Insane asylums Bombay 1873-77 - 1873-1877
Year: 1873
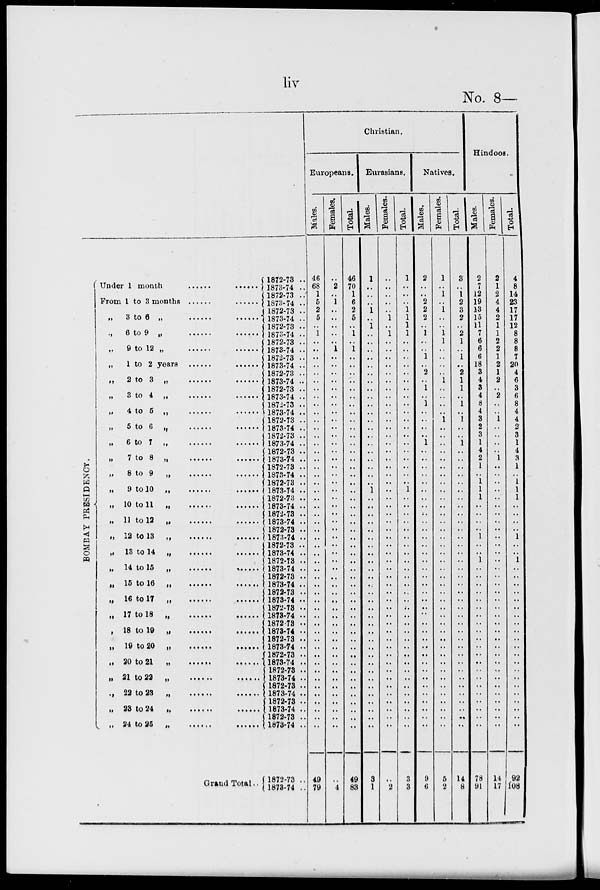
liv
No. 8—
BOMBAY PRESIDENCY.
Under 1 month ...... ......
From 1 to 3 months ...... ......
„ 3 to 6 „ ...... ......
„ 6 to 9 „ ...... ......
„ 9 to 12 „ ...... ......
„ 1 to 2 years ...... ......
„ 2 to 3 „
......
......
„ 3 to 4 „ ...... ......
„ 4 to 5 „ ...... ......
„ 5 to 6 „ ...... ......
„ 6 to 7 „ ...... ......
„ 7 to 8 „ ...... ......
„ 8 to 9 „ ...... ......
„ 9 to 10 „ ...... ......
„ 10 to
11
......
.....
„ 11 to 12 „ ...... ......
„ 12 to 13 „ ...... ......
„ 13 to 14 „ ...... ......
„ 14 to 15 „ ...... ......
„ 15 to 16 „ ...... ......
„ 16 to 17 „ ...... ......
„ 17 to 18 „ ...... ......
„ 18 to 19 „ ...... ......
„ 19 to 20
„
......
.....
„ 20 to 21 „ ...... ......
„ 21 to 22 „ ...... ......
„ 22 to 23 „ .........
„ 23 to 24 „ ...... ......
„ 24 to 25 „ ...... ......
Grand Total ..
1872-73 ..
1873-74 ..
1872-73 ..
1873-74 ..
1872-73 ..
1873-74 ..
1872-73 ..
1873-74 ..
1872-73 ..
1873-74 ..
1872-73 ..
1873-74 ..
1872-73 ..
1873-74 ..
1872-73 ..
1873-74 ..
1872-73 ..
1873-74 ..
1872-73 ..
1873-74 ..
1872-73 ..
1873-74 ..
1872-73 ..
1873-74 ..
1872-73 ..
1873-74 ..
1872-73 ..
1873-74 ..
1872-73 ..
1873-74 ..
1872-73 ..
1873-74 ..
1872-73 ..
1873-74 ..
1872-73 ..
1873-74 ..
1872-73 ..
1873-74 ..
1872-73 ..
1873-74 ..
1872-73 ..
1873-74 ..
1872-73 ..
1873-74 ..
1872-73 ..
1873-74 ..
1872-73 ..
1873-74 ..
1872-73 ..
1873-74 ..
1872-73 ..
1873-74 ..
1872-73 ..
1873-74 ..
1872-73 ..
1873-74 ..
1872-73 ..
1873-74 ..
1872-73 ..
1873-74 ..
Christian.
Europeans.
Males.
46
68
1
5
2
5
..
1
..
..
..
..
..
..
..
..
..
..
..
..
..
..
..
..
..
..
..
..
..
..
..
..
..
..
..
..
..
..
..
..
..
..
..
..
..
..
..
..
..
..
..
..
..
..
..
..
..
..
49
79
Females.
..
2
..
1
..
..
..
..
..
1
..
..
..
..
..
..
..
..
..
..
..
..
..
..
..
..
..
..
..
..
..
..
..
..
..
..
..
..
..
..
..
..
..
..
..
..
..
..
..
..
..
..
..
..
..
..
..
..
..
4
Total.
46
70
1
6
2
5
..
1
..
1
..
..
..
..
..
..
..
..
..
..
..
..
..
..
..
..
..
..
..
..
..
..
..
..
..
..
..
..
..
..
..
..
..
..
..
..
..
..
..
..
..
..
..
..
..
..
..
..
49
83
Eurasians.
Males.
1
..
..
..
1
..
1
..
..
..
..
..
..
..
..
..
..
..
..
..
..
..
..
..
..
..
..
1
..
..
..
..
..
..
..
..
..
..
..
..
..
..
..
..
..
..
..
..
..
..
..
..
..
..
..
..
..
..
3
1
Females.
..
..
..
..
..
1
..
1
..
..
..
..
..
..
..
..
..
..
..
..
..
..
..
..
..
..
..
..
..
..
..
..
..
..
..
..
..
..
..
..
..
..
..
..
..
..
..
..
..
..
..
..
..
..
..
..
..
..
..
2
Total.
1
..
..
..
1
1
1
1
..
..
..
..
..
..
..
..
..
..
..
..
..
..
..
..
..
..
..
1
..
..
..
..
..
..
..
..
..
..
..
..
..
..
..
..
..
..
..
..
..
..
..
..
..
..
..
..
..
..
3
3
Natives.
Males.
2
..
..
2
2
2
..
1
..
..
1
..
2
..
1
..
1
..
..
..
..
1
..
..
..
..
..
..
..
..
..
..
..
..
..
..
..
..
..
..
..
..
..
..
..
..
..
..
..
..
..
..
..
..
..
..
..
..
9
6
Females.
1
..
1
..
1
..
..
1
1
..
..
..
..
1
..
..
..
..
1
..
..
..
..
..
..
..
..
..
..
..
..
..
..
..
..
..
..
..
..
..
..
..
..
..
..
..
..
..
..
..
..
..
..
..
..
..
..
..
5
2
Total.
3
..
1
2
3
2
..
2
1
..
1
..
2
1
1
..
1
..
1
..
..
1
..
..
..
..
..
..
..
..
..
..
..
..
..
..
..
..
..
..
..
..
..
..
..
..
..
..
..
..
..
..
..
..
..
..
..
..
14
8
Hindoos.
Males.
2
7
12
19
13
15
11
7
6
6
6
18
3
4
3
4
8
4
3
2
3
1
4
2
1
..
1
1
1
..
..
..
..
1
..
..
1
..
..
..
..
..
..
..
..
..
..
..
..
..
..
..
..
..
..
..
..
..
78
91
Females.
2
1
2
4
4
2
1
1
2
2
1
2
1
2
..
2
..
..
1
..
..
..
..
1
..
..
..
..
..
..
..
..
..
..
..
..
..
..
..
..
..
..
..
..
..
..
..
..
..
..
..
..
..
..
..
..
..
..
14
17
Total.
4
8
14
23
17
17
12
8
8
8
7
20
4
6
3
6
8
4
4
2
3
1
4
3
1
..
1
1
1
..
..
..
..
1
..
..
1
..
..
..
..
..
..
..
..
..
..
..
..
..
..
..
..
..
..
..
..
..
92
108